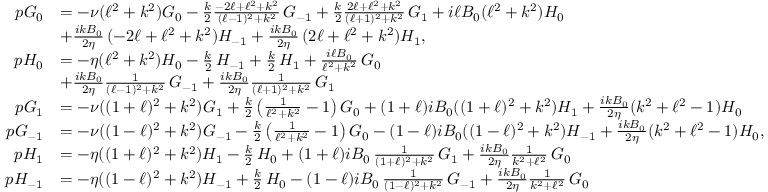
\begin{array} { r l } { p G _ { 0 } } & { = - \nu ( \ell ^ { 2 } + k ^ { 2 } ) G _ { 0 } - \frac { k } { 2 } \frac { - 2 \ell + \ell ^ { 2 } + k ^ { 2 } } { ( \ell - 1 ) ^ { 2 } + k ^ { 2 } } \, G _ { - 1 } + \frac { k } { 2 } \frac { 2 \ell + \ell ^ { 2 } + k ^ { 2 } } { ( \ell + 1 ) ^ { 2 } + k ^ { 2 } } \, G _ { 1 } + i \ell B _ { 0 } ( \ell ^ { 2 } + k ^ { 2 } ) H _ { 0 } } \\ & { + \frac { i k B _ { 0 } } { 2 \eta } \, ( - 2 \ell + \ell ^ { 2 } + k ^ { 2 } ) H _ { - 1 } + \frac { i k B _ { 0 } } { 2 \eta } \, ( 2 \ell + \ell ^ { 2 } + k ^ { 2 } ) H _ { 1 } , } \\ { p H _ { 0 } } & { = - \eta ( \ell ^ { 2 } + k ^ { 2 } ) H _ { 0 } - \frac { k } { 2 } \, H _ { - 1 } + \frac { k } { 2 } \, H _ { 1 } + \frac { i \ell B _ { 0 } } { \ell ^ { 2 } + k ^ { 2 } } \, G _ { 0 } } \\ & { + \frac { i k B _ { 0 } } { 2 \eta } \frac { 1 } { ( \ell - 1 ) ^ { 2 } + k ^ { 2 } } \, G _ { - 1 } + \frac { i k B _ { 0 } } { 2 \eta } \frac { 1 } { ( \ell + 1 ) ^ { 2 } + k ^ { 2 } } \, G _ { 1 } } \\ { p G _ { 1 } } & { = - \nu ( ( 1 + \ell ) ^ { 2 } + k ^ { 2 } ) G _ { 1 } + \frac { k } { 2 } \left( \frac { 1 } { \ell ^ { 2 } + k ^ { 2 } } - 1 \right) G _ { 0 } + ( 1 + \ell ) i B _ { 0 } ( ( 1 + \ell ) ^ { 2 } + k ^ { 2 } ) H _ { 1 } + \frac { i k B _ { 0 } } { 2 \eta } ( k ^ { 2 } + \ell ^ { 2 } - 1 ) H _ { 0 } } \\ { p G _ { - 1 } } & { = - \nu ( ( 1 - \ell ) ^ { 2 } + k ^ { 2 } ) G _ { - 1 } - \frac { k } { 2 } \left( \frac { 1 } { \ell ^ { 2 } + k ^ { 2 } } - 1 \right) G _ { 0 } - ( 1 - \ell ) i B _ { 0 } ( ( 1 - \ell ) ^ { 2 } + k ^ { 2 } ) H _ { - 1 } + \frac { i k B _ { 0 } } { 2 \eta } ( k ^ { 2 } + \ell ^ { 2 } - 1 ) H _ { 0 } , } \\ { p H _ { 1 } } & { = - \eta ( ( 1 + \ell ) ^ { 2 } + k ^ { 2 } ) H _ { 1 } - \frac { k } { 2 } \, H _ { 0 } + ( 1 + \ell ) i B _ { 0 } \, \frac { 1 } { ( 1 + \ell ) ^ { 2 } + k ^ { 2 } } \, G _ { 1 } + \frac { i k B _ { 0 } } { 2 \eta } \frac { 1 } { k ^ { 2 } + \ell ^ { 2 } } \, G _ { 0 } } \\ { p H _ { - 1 } } & { = - \eta ( ( 1 - \ell ) ^ { 2 } + k ^ { 2 } ) H _ { - 1 } + \frac { k } { 2 } \, H _ { 0 } - ( 1 - \ell ) i B _ { 0 } \, \frac { 1 } { ( 1 - \ell ) ^ { 2 } + k ^ { 2 } } \, G _ { - 1 } + \frac { i k B _ { 0 } } { 2 \eta } \frac { 1 } { k ^ { 2 } + \ell ^ { 2 } } \, G _ { 0 } } \end{array}